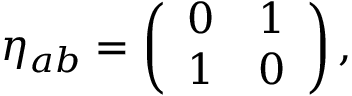
\eta _ { a b } = \left( \begin{array} { c c } { { 0 } } & { { 1 } } \\ { { 1 } } & { { 0 } } \end{array} \right) ,